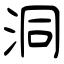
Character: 洞